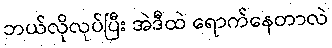
ဘယ်လိုလုပ်ပြီး အဲဒီထဲ ရောက်နေတာလဲ